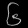
Digit: ၆